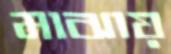
মাঝায়